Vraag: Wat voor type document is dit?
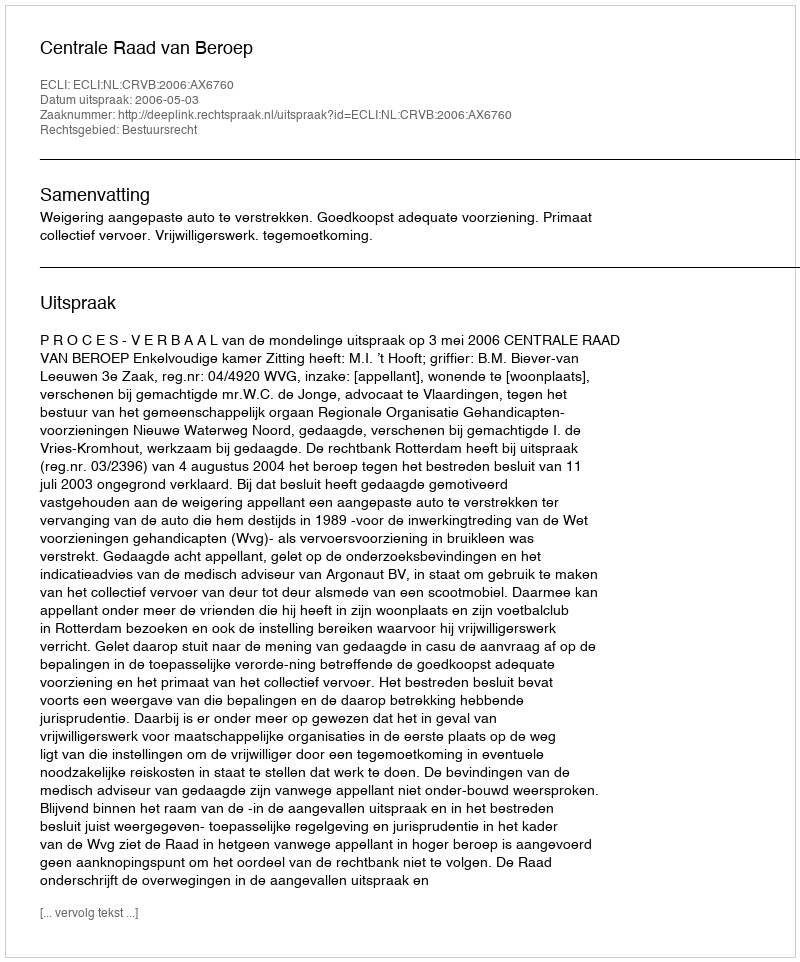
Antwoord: Uitspraak